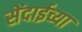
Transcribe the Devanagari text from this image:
सेंदाईच्या